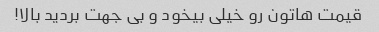
قیمت هاتون رو خیلی بیخود و بی جهت بردید بالا!